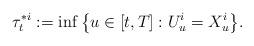
LaTeX: \begin{align*}\tau^{*i}_t := \inf \big\{ u\in [t,T]: U^i_{u}=X^i_{u} \big\}.\end{align*}